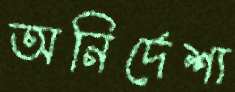
অনির্দেশ্য